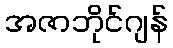
အဇာဘိုင်ဂျန်